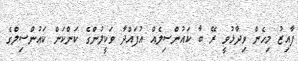
ފާއިޒު މިހެން ވިދާޅުވީ ރޭ ބާ ކައުންސިލެއް އުފައްދާ ވަކީލުންގެ ކަންކަން ކައުންސިލްގެ